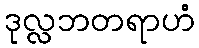
ဒုလ္လဘတရာဟံ